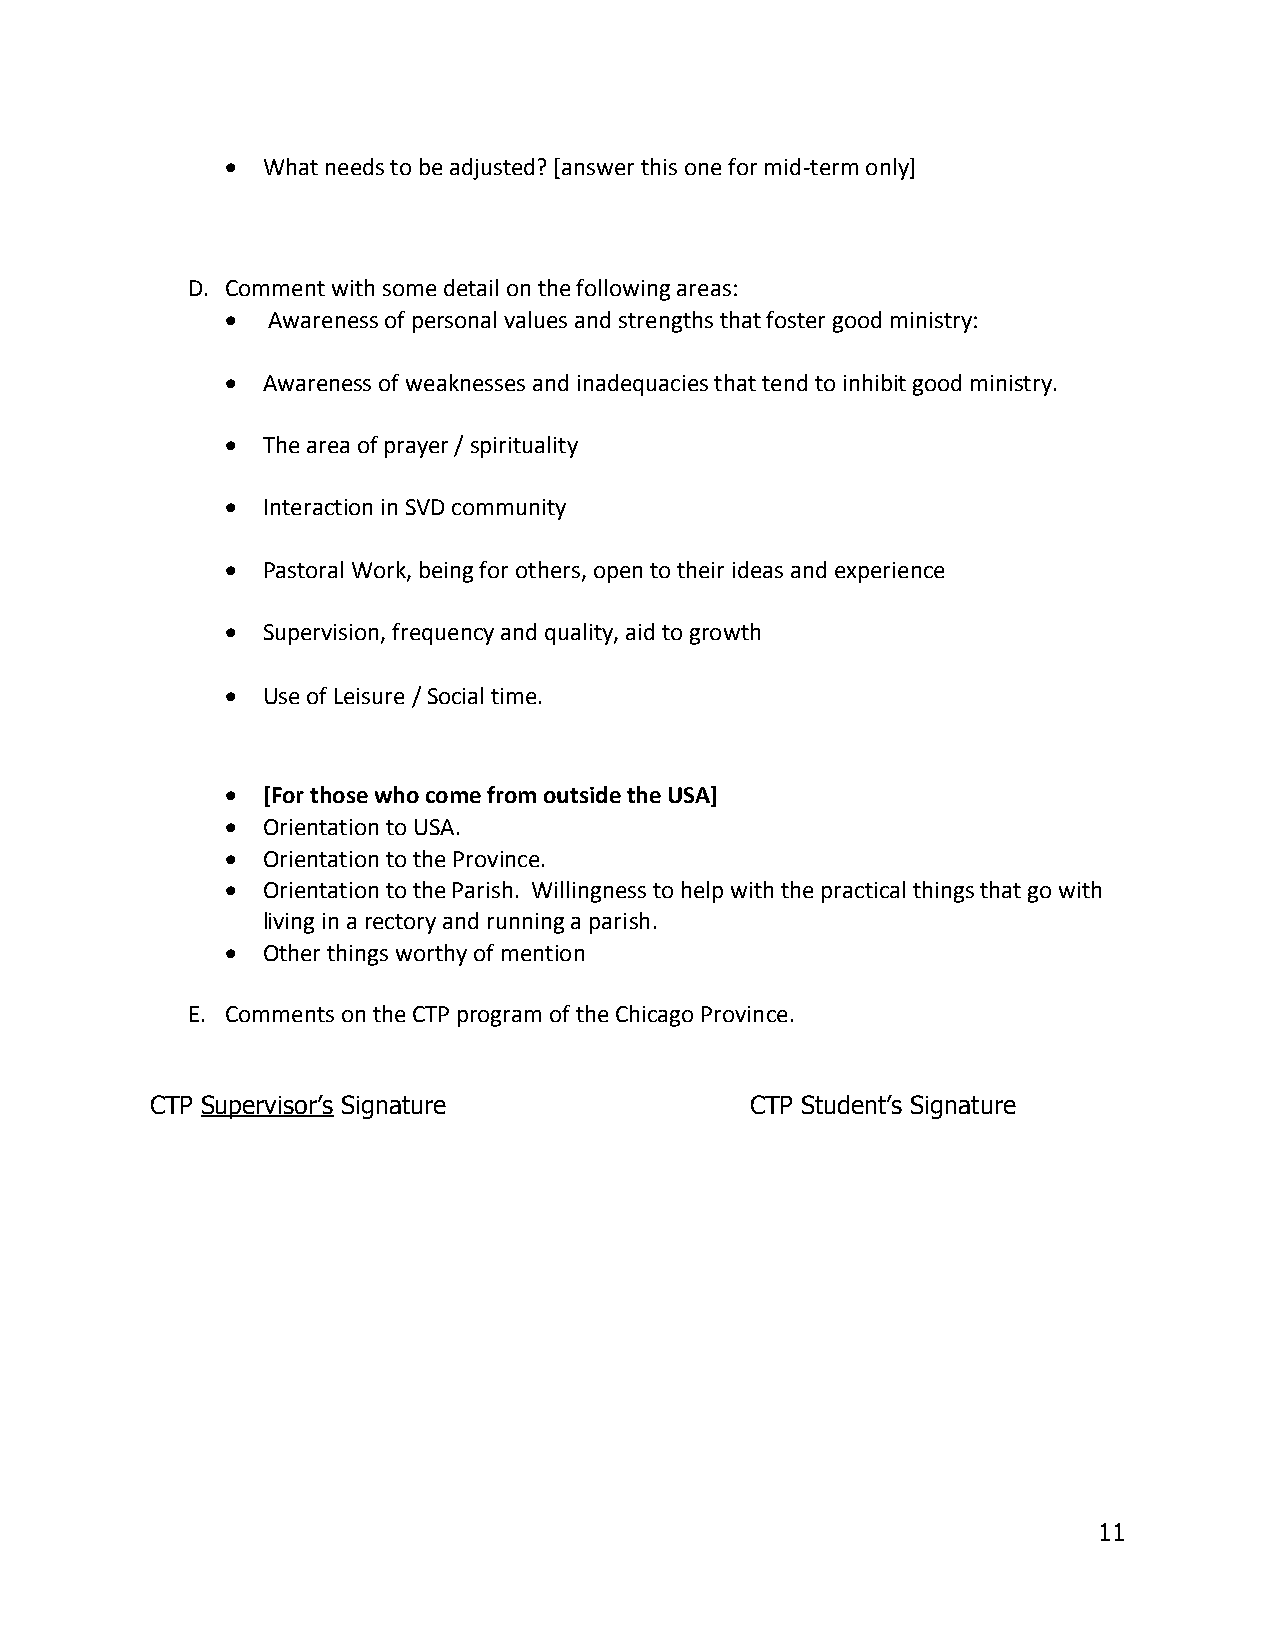
 What needs to be adjusted? [answer this one for mid-term only]
 D. Comment with some detail on the following areas:
   Awareness of personal values and strengths that foster good ministry:
  Awareness of weaknesses and inadequacies that tend to inhibit good ministry.
  The area of prayer / spirituality
  Interaction in SVD community
  Pastoral Work, being for others, open to their ideas and experience
  Supervision, frequency and quality, aid to growth
  Use of Leisure / Social time.
  [For those who come from outside the USA]
  Orientation to USA.
  Orientation to the Province.
  Orientation to the Parish. Willingness to help with the practical things that go with
 living in a rectory and running a parish.
  Other things worthy of mention
 E. Comments on the CTP program of the Chicago Province.
 CTP Supervisor’s Signature              CTP Student’s Signature
 11